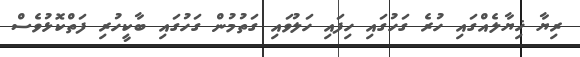
ރިޔާ ޚިޔާލެއްގައި ހުރެ ގަހުގައި ހިފައި ހަލުވައި ގަތުމުން ގަހުގައި ބާކީހުރި ފަތްކޮޅުވެސް